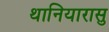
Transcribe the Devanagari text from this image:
थानियारासु